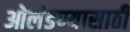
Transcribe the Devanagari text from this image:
ओलंडण्यासाठी